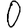
Digit: 0